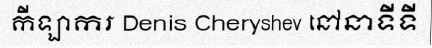
កីឡាករ Denis Cheryshev នៅនាទីទី